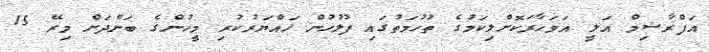
އަފްރާޝިމް އަލީ އަވަހާރަކޮށްލިކަމުގެ ތުހުމަތުގައި ފުލުހުން ހައްޔަރުކުރި މީހުންގެ ބަންދަށް މިރޭ 15